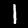
Digit: 1